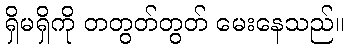
ရှိမရှိကို တတွတ်တွတ် မေးနေသည်။